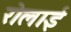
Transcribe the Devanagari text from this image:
रोलाई